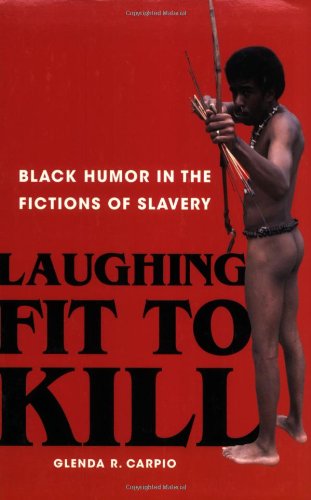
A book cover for Laughing Fit to Kill: Black Humor in the Fictions of Slavery (The W.E.B. Du Bois Institute Series); Glenda Carpio; Humor & Entertainment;